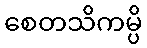
စေတသိကမ္ပိ